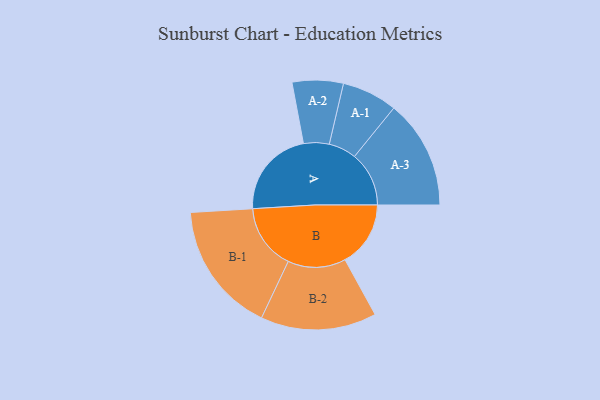
{"axis": {"x": "Segment", "y": "Value"}, "legend": ["", "A", "B"], "data": [{"x": "A", "y": 361, "type": ""}, {"x": "B", "y": 267, "type": ""}, {"x": "A-1", "y": 113, "type": "A"}, {"x": "A-2", "y": 104, "type": "A"}, {"x": "A-3", "y": 222, "type": "A"}, {"x": "B-1", "y": 267, "type": "B"}, {"x": "B-2", "y": 236, "type": "B"}]}